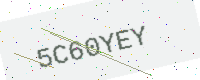
Text: 5C60YEY